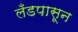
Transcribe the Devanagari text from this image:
लँडपासून